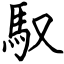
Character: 馭